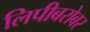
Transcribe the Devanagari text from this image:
लिपीबरोबर